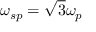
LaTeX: \omega _ { s p } = { \sqrt { 3 } } \omega _ { p }